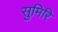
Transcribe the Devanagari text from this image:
सुमिरि